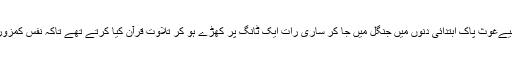
اسی لیےغوث پاک ابتدائی دنوں میں جنگل میں جا کر ساری رات ایک ٹانگ پر کھڑے ہو کر تلاوت قرآن کیا کرتے تھے تاکہ نفس کمزور ہو ۔